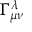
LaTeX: \Gamma _ { \mu \nu } ^ { \lambda }